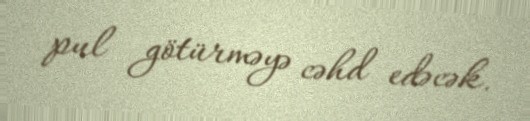
pul götürməyə cəhd edəcək.